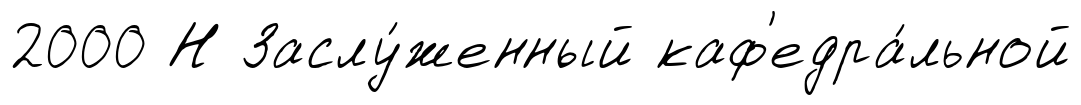
2000 Н Заслу́женный каф'едра́льной